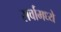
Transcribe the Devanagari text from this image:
सर्वामध्ये